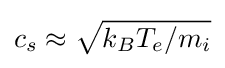
c_{s}\approx {\sqrt {k_{B}T_{e}/m_{i}}}